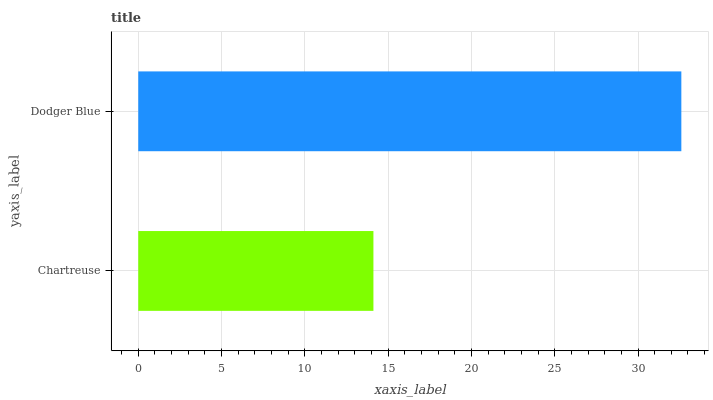
| yaxis_label | bars |
 | --- | --- |
 | Chartreuse | 14.1 |
 | Dodger Blue | 32.6 |